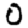
Digit: 0